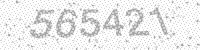
Solution: 565421